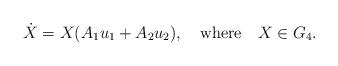
LaTeX: \begin{align*}\dot{X}= X( A_{1} u_{1} + A_{2}u_{2}),~~~\hbox{where}~~~X\in G_{4}.\end{align*}